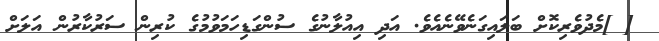
[ ]މެދުވެރިކޮށް ބަލައިގަނެވޭނެއެވެ. އަދި އިއުލާނުގެ ސުންގަޑިހަމަވުމުގެ ކުރިން ސަރުކާރުން އަލަށް